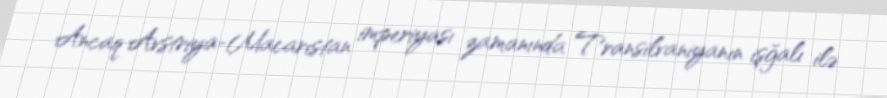
Ancaq Avstriya-Macarıstan imperiyası zamanında Transilvaniyanın işğalı ilə